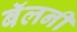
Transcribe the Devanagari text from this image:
बॅलनी